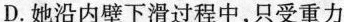
D.她沿内壁下滑过程中，只受重力